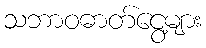
သဘာဝဓာတ်ငွေ့များ